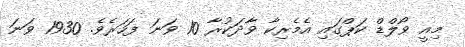
މިއީ ވޯލްޑް ކަޕްގައި އެމެރިކާ ވާދަކުރާ 10 ވަނަ ފަހަރެވެ. 1930 ވަނަ